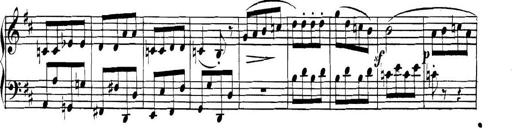
Title: Collected Piano Sonatas
Composer: Muzio Clementi